Indian journal of veterinary science and animal husbandry - Volume 8,
Year: 1938
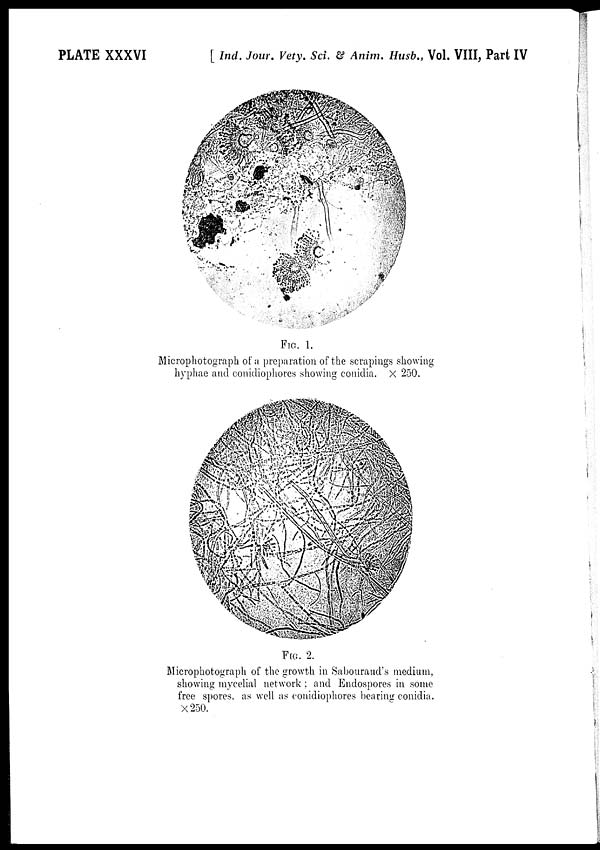
PLATE XXXVI
[ Ind. Jour. Vety. Sci. & Anim. Husb., Vol. VIII, Part IV
FIG. 1.
Microphotograph of a preparation of the scrapings showing
hyphae and conidiophores showing conidia. × 250.
FIG. 2.
Microphotograph of the growth in Sabouraud's medium,
showing mycelial network ; and Endospores in some
free spores, as well as conidiophores bearing conidia.
×250.